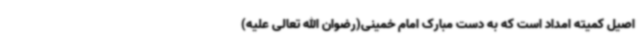
اصیل کمیته امداد است که به دست مبارک امام خمینی(رضوان الله تعالی علیه)